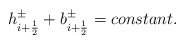
\begin{align*}h^{\pm}_{i+\frac{1}{2}} + b^{\pm}_{i+\frac{1}{2}} = constant.\end{align*}